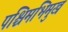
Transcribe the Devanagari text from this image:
पश्चिमभिमुख